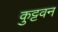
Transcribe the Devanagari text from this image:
कुट्टवन